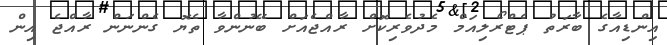
އިންޑިއާގެ ބާރަތު ޕެޓްރޯލިއަމް މެދުވެރިކޮށް ރާއްޖެއަށް ބޭނުންވާ ތެޔޮ ގެންނަން ރާއްޖެ އިން